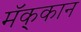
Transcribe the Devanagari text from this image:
मॅक्‌कान